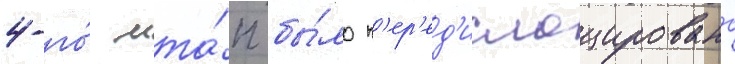
4-го́ мта́п бы́ло п'ер'ед'ислоцировано